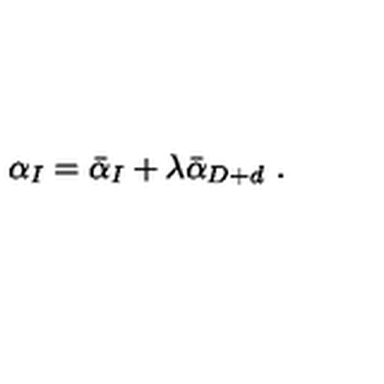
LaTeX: \alpha _ { I } = \bar { \alpha } _ { I } + \lambda \bar { \alpha } _ { D + d } \ .